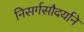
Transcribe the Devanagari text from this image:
निसर्गसौदर्याने